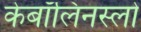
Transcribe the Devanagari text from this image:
केबॉलिनस्लो